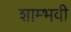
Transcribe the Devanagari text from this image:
शाम्भवी